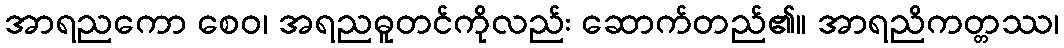
အာရညကော စေဝ၊ အရညဓူတင်ကိုလည်း ဆောက်တည်၏။ အာရညိကတ္တဿ၊